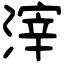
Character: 滓